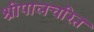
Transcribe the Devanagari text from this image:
श्रीपालचरित